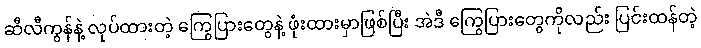
ဆီလီကွန်နဲ့ လုပ်ထားတဲ့ ကြွေပြားတွေနဲ့ ဖုံးထားမှာဖြစ်ပြီး အဲဒီ ကြွေပြားတွေကိုလည်း ပြင်းထန်တဲ့